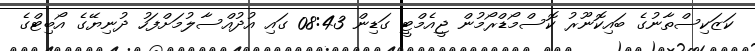
ކަޒަކިސްތާނުގެ ބައިކޮނޫރު ކޮސްމޯޑްރޯމުން ޖީއެމްޓީ ގަޑިން 08:43 ގައި އުދުއްސާލުމަށްފަހު ދުނިޔޭގެ އޯބިޓްގެ